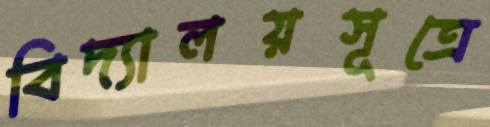
বিদ্যালয়সূত্রে